Leaving Certificate Examination (including Day School Certificate (Higher) General paper), 1926
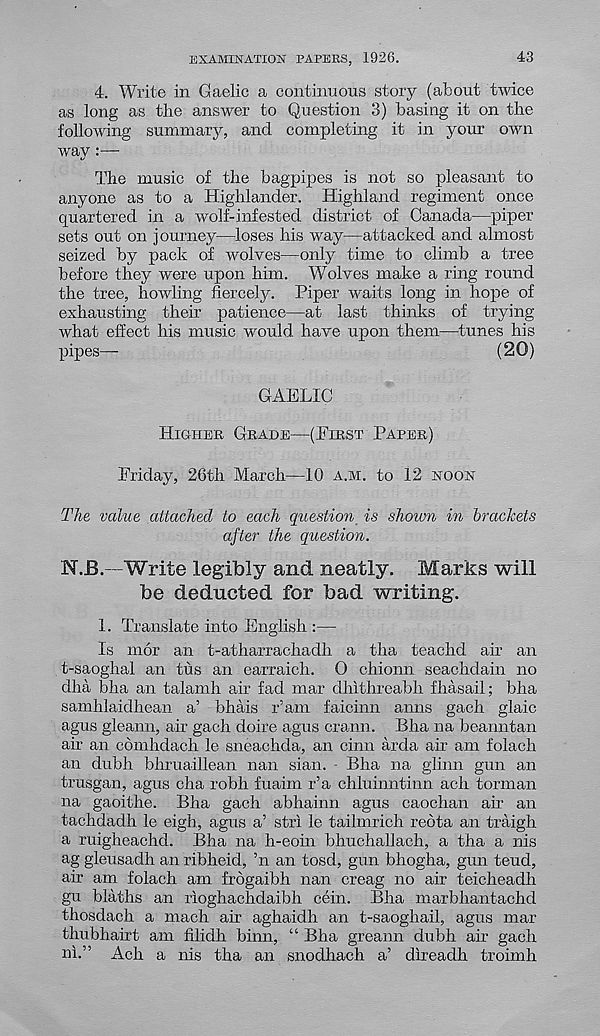
EXAMINATION PAPERS, 1926.
43
4. Write in Gaelic a continuous story (about twice
as long as the answer to Question 3) basing it on the
following summary, and completing it in your own
way :—
The music of the bagpipes is not so pleasant to
anyone as to a Highlander. Highland regiment once
quartered in a wolf-infested district of Canada—piper
sets out on journey—loses his way—attacked and almost
seized by pack of wolves—only time to climb a tree
before they were upon him. Wolves make a ring round
the tree, howling fiercely. Piper waits long in hope of
exhausting their patience—at last thinks of trying
what effect his music would have upon them—tunes his
pipes—
(20)
GAELIC
Higher Grade—(First Paper)
Friday, 26th March—10 a.m. to 12 noon
The value attached to each question is shown in brackets
after the question.
N.B.—Write legibly and neatly. Marks will
be deducted for bad writing.
1. Translate into English :—
Is mor an t-atharrachadh a tha teachd air an
t-saoghal an tus an earraich. O chionn seachdain no
dha bha an talamh air fad mar dhithreabh fhasail; bha
samhlaidhean a’ bhais r’am faicinn aims gach glaic
agus gleann, air gach doire agus crann. Bha na beanntan
air an comhdach le sneachda, an cinn arda air am folach
an dubh bhruaillean nan sian. Bha na glinn gun an
trusgan, agus cha robh fuaim r’a chluinntinn ach torman
na gaoithe. Bha gach abhainn agus caochan air an
tachdadh le eigh, agus a’ stri le tailmrich reota an traigh
a ruigheachd. Bha na h-eoin bhuchallach, a tha a nis
ag gleusadh an ribheid, ’n an tosd, gun bhogha, gun tend,
air am folach am frbgaibh nan creag no air teicheadh
gu blaths an rioghachdaibh cein. Bha marbhantachd
thosdach a mach air aghaidh an t-saoghail, agus mar
thubhairt am filidh binn, “ Bha greann dubh air gach
ni.” Ach a nis tha an snodhach a’ direadh troimh